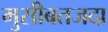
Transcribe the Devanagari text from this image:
मुसीबतजदा